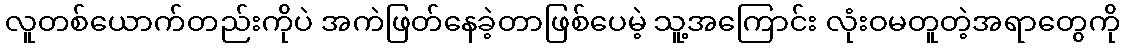
လူတစ်ယောက်တည်းကိုပဲ အကဲဖြတ်နေခဲ့တာဖြစ်ပေမဲ့ သူ့အကြောင်း လုံးဝမတူတဲ့အရာတွေကို